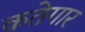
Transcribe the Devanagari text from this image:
कतेगार